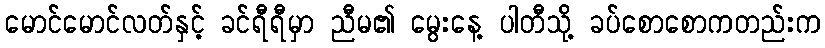
မောင်မောင်လတ်နှင့် ခင်ရီရီမှာ ညီမ၏ မွေးနေ့ ပါတီသို့ ခပ်စောစောကတည်းက